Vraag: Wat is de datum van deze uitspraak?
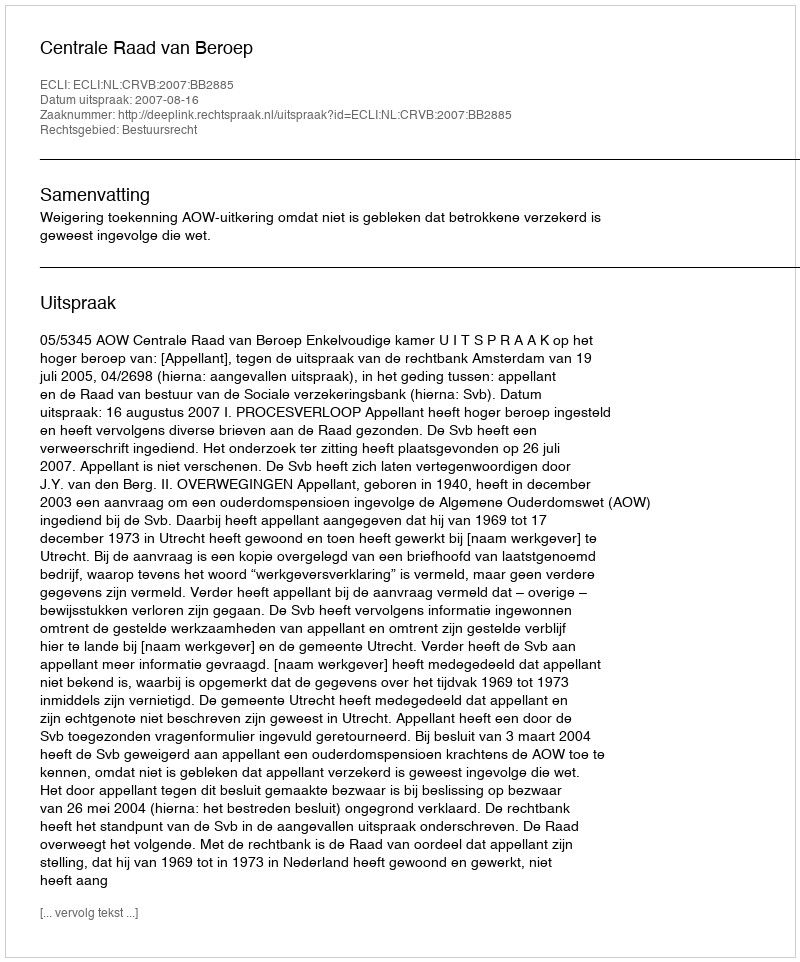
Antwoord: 2007-08-16